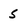
Character: 5